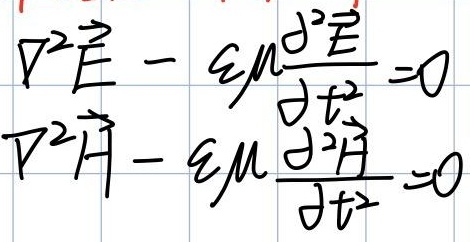
\[
\nabla^{2}\vec{E}-\varepsilon\mu\frac{\partial^{2}\vec{E}}{\partial t^{2}} = 0
\]
\[
\nabla^{2}\vec{H}-\varepsilon\mu\frac{\partial^{2}\vec{H}}{\partial t^{2}} = 0
\]